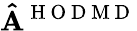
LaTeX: \mathbf{\hat{A}}^{\mathrm{~H~O~D~M~D~}}